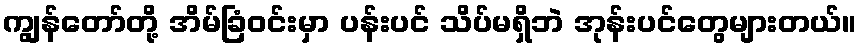
ကျွန်တော်တို့ အိမ်ခြံဝင်းမှာ ပန်းပင် သိပ်မရှိဘဲ အုန်းပင်တွေများတယ်။